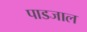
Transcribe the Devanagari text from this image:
पाडजाल